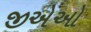
જીએઓ